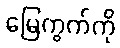
မြေကွက်ကို